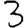
Digit: 3